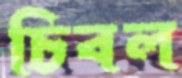
চিবল